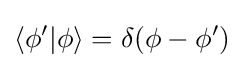
\langle \phi '\vert \phi \rangle =\delta (\phi -\phi ')